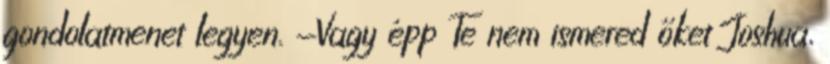
gondolatmenet legyen. -Vagy épp Te nem ismered őket Joshua,